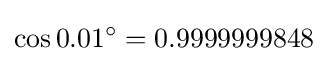
\cos 0.01^{\circ }=0.9999999848